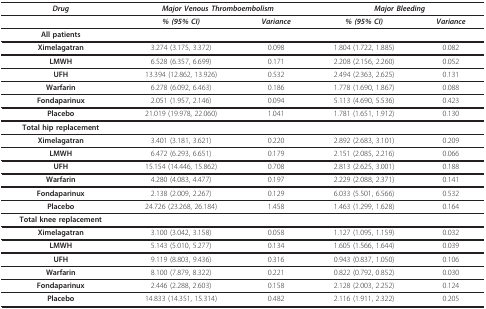
<table><thead><tr><td><b><i>Drug</i></b></td><td colspan="2"><b><i>Major Venous Thromboembolism</i></b></td><td colspan="2"><b><i>Major Bleeding</i></b></td></tr></thead><tbody><tr><td></td><td><b><i>% (95% CI)</i></b></td><td><b><i>Variance</i></b></td><td><b><i>% (95% CI)</i></b></td><td><b><i>Variance</i></b></td></tr><tr><td><b>All patients</b></td><td></td><td></td><td></td><td></td></tr><tr><td><b>Ximelagatran</b></td><td>3.274 (3.175, 3.372)</td><td>0.098</td><td>1.804 (1.722, 1.885)</td><td>0.082</td></tr><tr><td><b>LMWH</b></td><td>6.528 (6.357, 6.699)</td><td>0.171</td><td>2.208 (2.156, 2.260)</td><td>0.052</td></tr><tr><td><b>UFH</b></td><td>13.394 (12.862, 13.926)</td><td>0.532</td><td>2.494 (2.363, 2.625)</td><td>0.131</td></tr><tr><td><b>Warfarin</b></td><td>6.278 (6.092, 6.463)</td><td>0.186</td><td>1.778 (1.690, 1.867)</td><td>0.088</td></tr><tr><td><b>Fondaparinux</b></td><td>2.051 (1.957, 2.146)</td><td>0.094</td><td>5.113 (4.690, 5.536)</td><td>0.423</td></tr><tr><td><b>Placebo</b></td><td>21.019 (19.978, 22.060)</td><td>1.041</td><td>1.781 (1.651, 1.912)</td><td>0.130</td></tr><tr><td><b>Total hip replacement</b></td><td></td><td></td><td></td><td></td></tr><tr><td><b>Ximelagatran</b></td><td>3.401 (3.181, 3.621)</td><td>0.220</td><td>2.892 (2.683, 3.101)</td><td>0.209</td></tr><tr><td><b>LMWH</b></td><td>6.472 (6.293, 6.651)</td><td>0.179</td><td>2.151 (2.085, 2.216)</td><td>0.066</td></tr><tr><td><b>UFH</b></td><td>15.154 (14.446, 15.862)</td><td>0.708</td><td>2.813 (2.625, 3.001)</td><td>0.188</td></tr><tr><td><b>Warfarin</b></td><td>4.280 (4.083, 4.477)</td><td>0.197</td><td>2.229 (2.088, 2.371)</td><td>0.141</td></tr><tr><td><b>Fondaparinux</b></td><td>2.138 (2.009, 2.267)</td><td>0.129</td><td>6.033 (5.501, 6.566)</td><td>0.532</td></tr><tr><td><b>Placebo</b></td><td>24.726 (23.268, 26.184)</td><td>1.458</td><td>1.463 (1.299, 1.628)</td><td>0.164</td></tr><tr><td><b>Total knee replacement</b></td><td></td><td></td><td></td><td></td></tr><tr><td><b>Ximelagatran</b></td><td>3.100 (3.042, 3.158)</td><td>0.058</td><td>1.127 (1.095, 1.159)</td><td>0.032</td></tr><tr><td><b>LMWH</b></td><td>5.143 (5.010, 5.277)</td><td>0.134</td><td>1.605 (1.566, 1.644)</td><td>0.039</td></tr><tr><td><b>UFH</b></td><td>9.119 (8.803, 9.436)</td><td>0.316</td><td>0.943 (0.837, 1.050)</td><td>0.106</td></tr><tr><td><b>Warfarin</b></td><td>8.100 (7.879, 8.322)</td><td>0.221</td><td>0.822 (0.792, 0.852)</td><td>0.030</td></tr><tr><td><b>Fondaparinux</b></td><td>2.446 (2.288, 2.603)</td><td>0.158</td><td>2.128 (2.003, 2.252)</td><td>0.124</td></tr><tr><td><b>Placebo</b></td><td>14.833 (14.351, 15.314)</td><td>0.482</td><td>2.116 (1.911, 2.322)</td><td>0.205</td></tr></tbody></table>